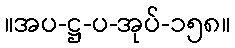
။အပ-ဋ္ဌ-ပ-အုပ်-၁၅၈။